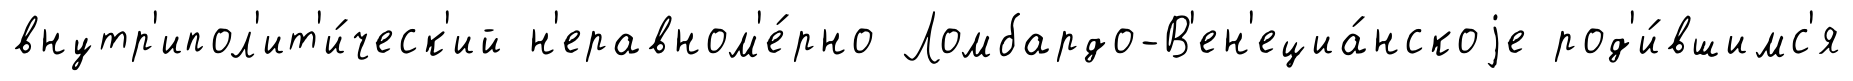
внутр'ипол'ит'и́ческ'ий н'еравном'е́рно Ломбардо-В'ен'ециа́нскоjе род'и́вшимс'я